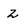
Character: 2